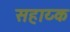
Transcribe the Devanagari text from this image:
सहाय्क